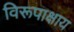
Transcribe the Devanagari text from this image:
विरूपाक्षाय